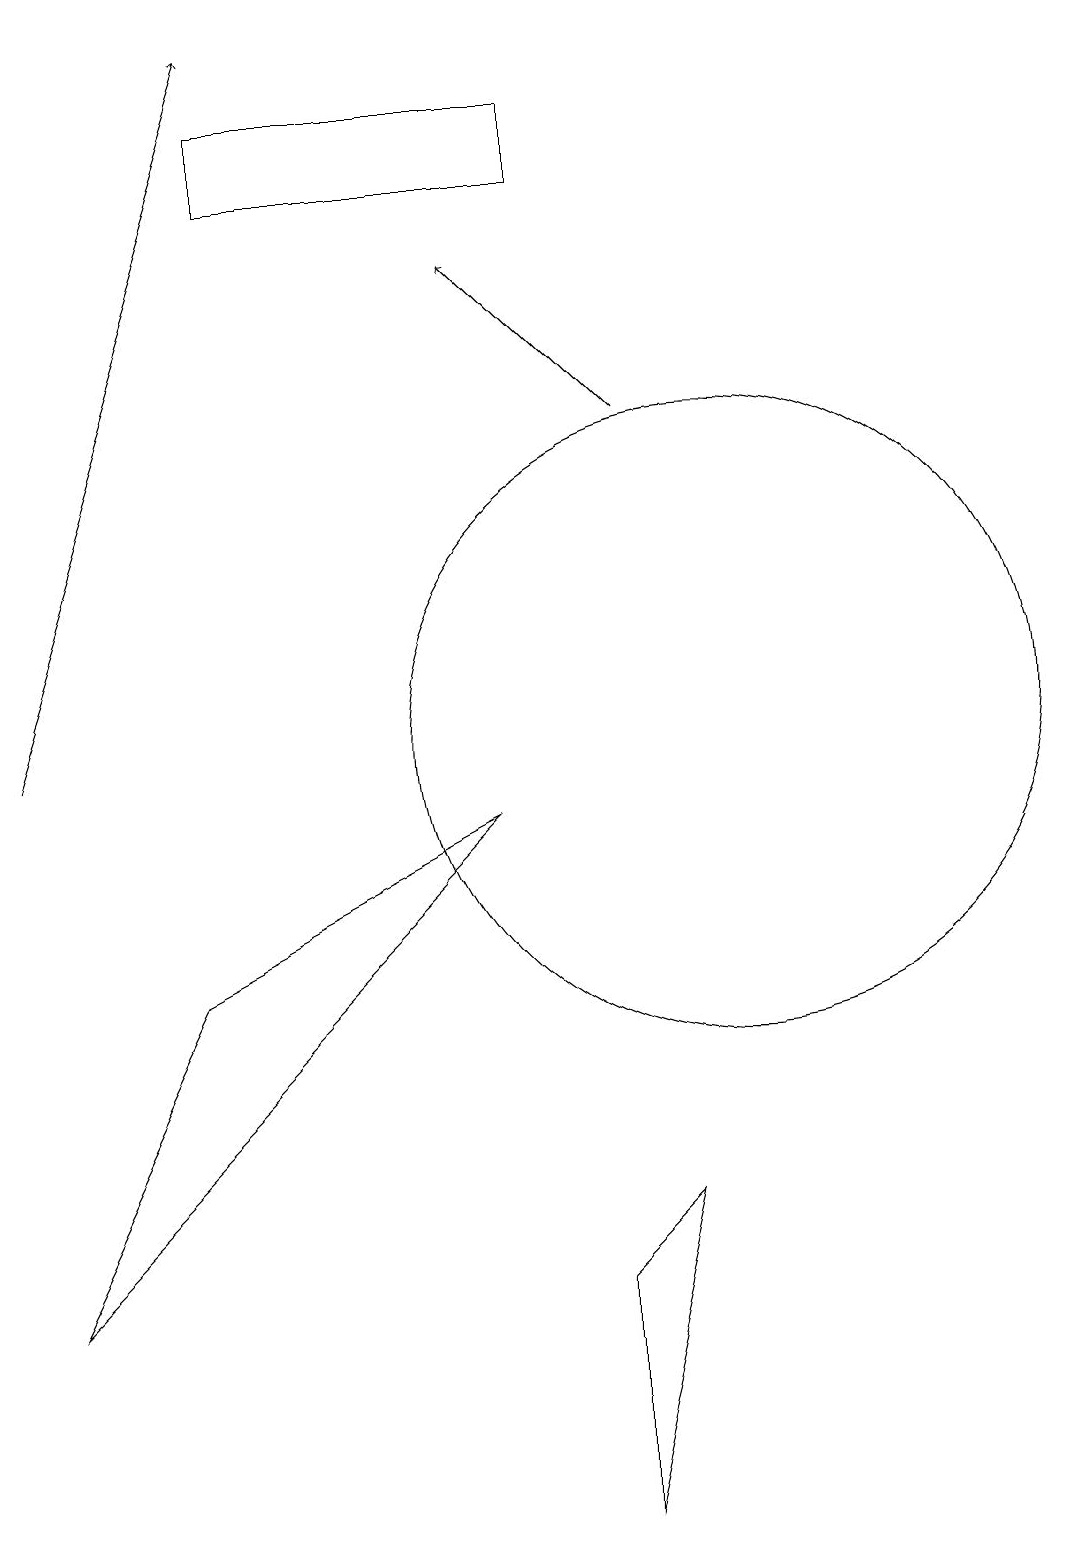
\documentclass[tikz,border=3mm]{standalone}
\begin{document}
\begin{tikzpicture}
\draw (10,10) circle (4);
\draw[->] (1,10) -- (4,19);
\draw (8,18) rectangle (4,17);
\draw[->] (9,14) -- (7,16);
\draw (1,3) -- (3,7) -- (7,9) -- cycle;
\draw (8,0) -- (9,4) -- (8,3) -- cycle;
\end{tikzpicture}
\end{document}